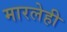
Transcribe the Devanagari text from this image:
मारलेही